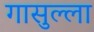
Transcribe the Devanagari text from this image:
गासुल्ला